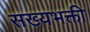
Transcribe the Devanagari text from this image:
सख्यभक्ती